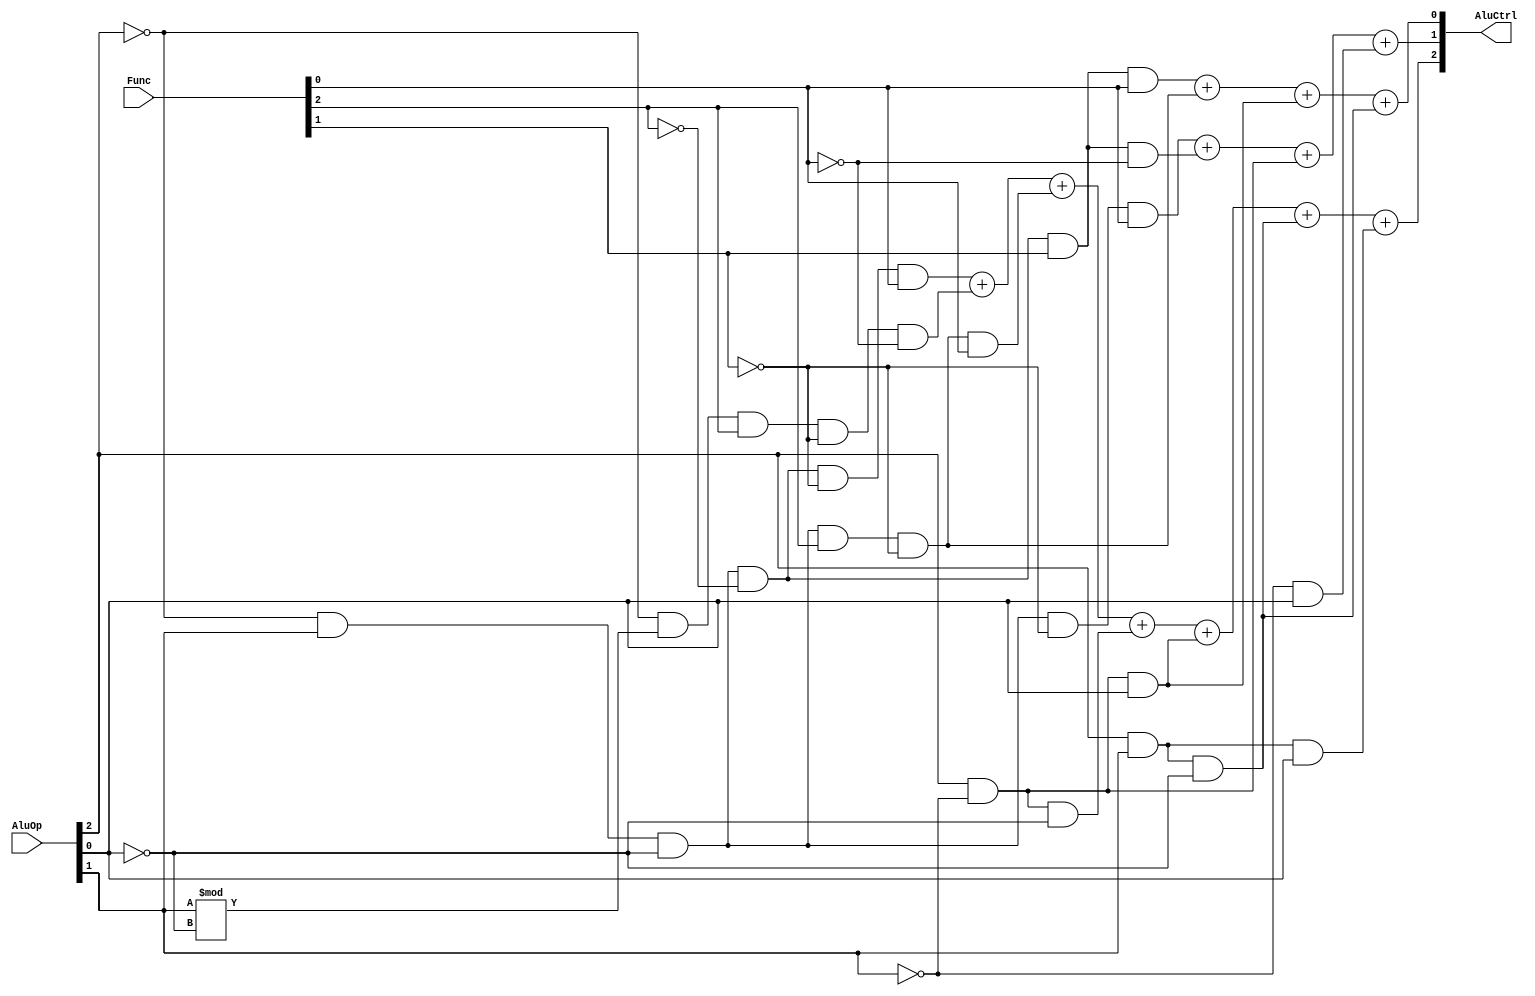
module AluControl(input [2:0] AluOp, input [2:0] Func, output [2:0] AluCtrl);

wire notP2,notP1,notP0,notF2,notF1,notF0;
wire wAnd1, wAnd2, wAnd3, wAnd4, wAnd5, wAnd6, wAnd7;
wire wOr1;



/* AluCtrl 2 (C2) */

assign AluCtrl[2] = (~AluOp[2] & AluOp[1] & ~AluOp[0] & ~Func[2] & ~Func[1] & Func[0])+
						  (~AluOp[2] & AluOp[1] % ~AluOp[0] & Func[2] & ~Func[1] & ~Func[0]) +
						  (~AluOp[2] & AluOp[1] & ~AluOp[0] & Func[2] & ~Func[1] & Func[0]) +
						  (AluOp[2] & ~AluOp[1] & ~AluOp[0]) +
						  (AluOp[2] & ~AluOp[1] & AluOp[0]) +
						  (AluOp[2] & AluOp[1] & ~AluOp[0]) +
						  (AluOp[2] & AluOp[1] & AluOp[0]);

	
/* AluCtrl 1 (C1) */
assign AluCtrl[1] = (~AluOp[2] & AluOp[1] & ~AluOp[0] & ~Func[1] & Func[0]) + 
                    (~AluOp[2] & AluOp[1] & ~AluOp[0] & ~Func[2] & Func[1] & ~Func[0]) +
						  (AluOp[2] & ~AluOp[1]) +
						  (~AluOp[1] & AluOp[0]);


/* AluCtrl 0 (C0) */

assign AluCtrl[0] = (~AluOp[2] & AluOp[1] & ~AluOp[0] & ~Func[2] & Func[1] & Func[0]) +
                    (~AluOp[2] & AluOp[1] & ~AluOp[0] & Func[2] & ~Func[1]) +
						  (AluOp[2] & ~AluOp[1] & AluOp[0]) +
						  (AluOp[2] & AluOp[1] & ~AluOp[0]);



endmodule